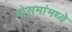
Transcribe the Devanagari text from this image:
मोसमांमध्ये